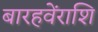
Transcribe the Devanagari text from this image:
बारहवेंराशि